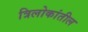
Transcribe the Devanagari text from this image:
त्रिलोकांतील